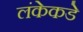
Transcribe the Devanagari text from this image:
लंकेकडे